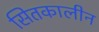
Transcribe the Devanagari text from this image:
सितकालीन